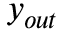
y _ { o u t }